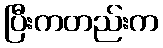
ပြီးကတည်းက